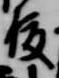
俊